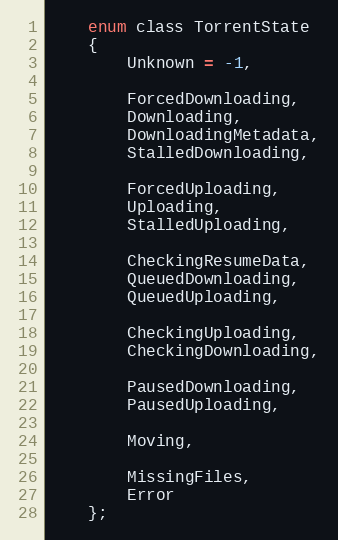
Language: C
    enum class TorrentState
    {
        Unknown = -1,

        ForcedDownloading,
        Downloading,
        DownloadingMetadata,
        StalledDownloading,

        ForcedUploading,
        Uploading,
        StalledUploading,

        CheckingResumeData,
        QueuedDownloading,
        QueuedUploading,

        CheckingUploading,
        CheckingDownloading,

        PausedDownloading,
        PausedUploading,

        Moving,

        MissingFiles,
        Error
    };